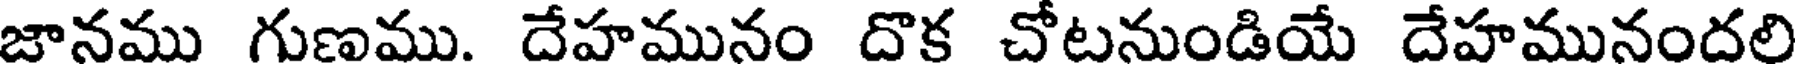
జానము గుణము. దేహమునం దొక చోటనుండియే దేహమునందలి